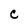
Character: c